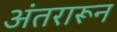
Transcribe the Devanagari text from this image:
अंतरारून